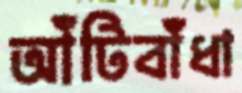
আঁটিবাঁধা